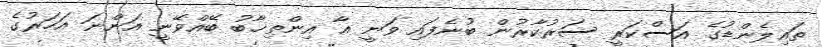
ތައިލެންޑުގެ އަސްކަރީ ސަރުކާރުން ބުނެފައި ވަނީ އާ އިންތިޚާބު ބޭއްވޭނީ އަންނަ އަހަރުގެ